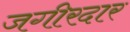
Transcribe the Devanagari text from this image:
जगीरदार